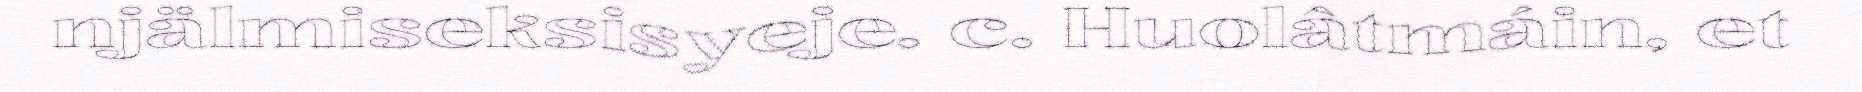
njälmiseksisyeje. c. Huolâtmáin, et